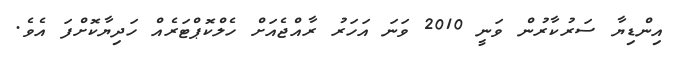
އިންޑިޔާ ސަރުކާރުން ވަނީ 2010 ވަނަ އަހަރު ރާއްޖެއަށް ހެލްކޮޕްޓަރެއް ހަދިޔާކޮށްފަ އެވެ.